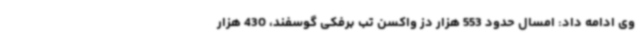
وی ادامه داد: امسال حدود 553 هزار دز واکسن تب برفکی گوسفند، 430 هزار